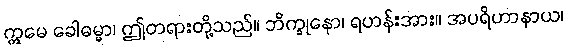
ဣမေ ခေါဓမ္မာ၊ ဤတရားတို့သည်။ ဘိက္ခုနော၊ ရဟန်းအား။ အပရိဟာနာယ၊